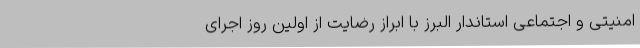
امنیتی و اجتماعی استاندار البرز با ابراز رضایت از اولین روز اجرای